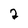
Character: 2